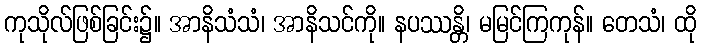
ကုသိုလ်ဖြစ်ခြင်း၌။ အာနိသံသံ၊ အာနိသင်ကို။ နပဿန္တိ၊ မမြင်ကြကုန်။ တေသံ၊ ထို